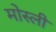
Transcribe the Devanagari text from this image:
मोस्ली